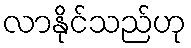
လာနိုင်သည်ဟု